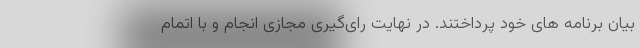
بیان برنامه های خود پرداختند. در نهایت رای‌گیری مجازی انجام و با اتمام